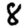
Digit: 8